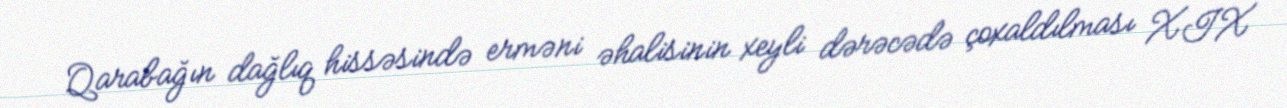
Qarabağın dağlıq hissəsində erməni əhalisinin xeyli dərəcədə çoxaldılması XIX